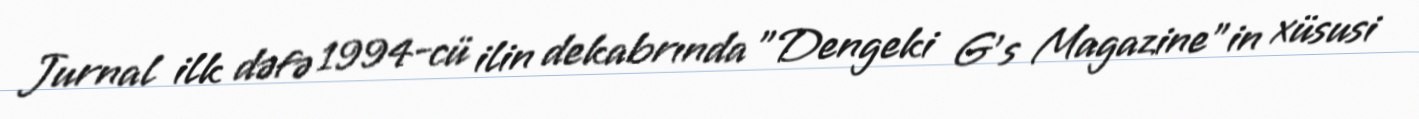
Jurnal ilk dəfə 1994-cü ilin dekabrında "Dengeki G's Magazine"in xüsusi